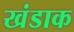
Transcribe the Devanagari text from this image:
खंडाक